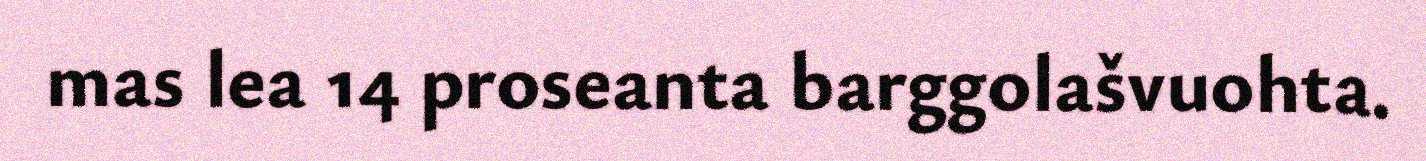
mas lea 14 proseanta barggolašvuohta.